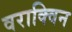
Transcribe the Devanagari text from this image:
वराक्विन